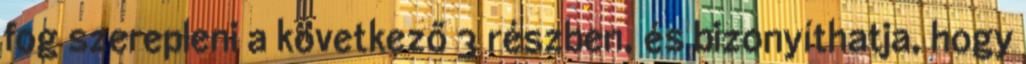
fog szerepleni a következő 3 részben, és bizonyíthatja, hogy